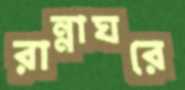
রান্নাঘরে